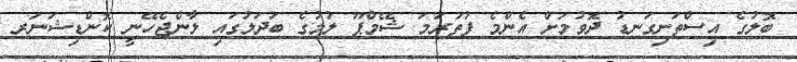
ބޮލުގެ އިސްތަށިގަނޑު ދޮވުމަށް އެންމެ ފުތަރަމަ ޝޭމްޕޫ ލުމުގެ ބަދަލުގައި ލާންޖެހޭނީ ކޮންޑިޝަނަރ